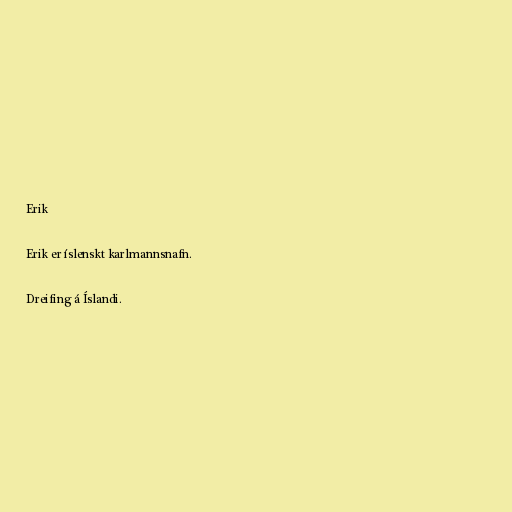
Erik

Erik er íslenskt karlmannsnafn.

Dreifing á Íslandi.